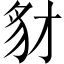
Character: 豺